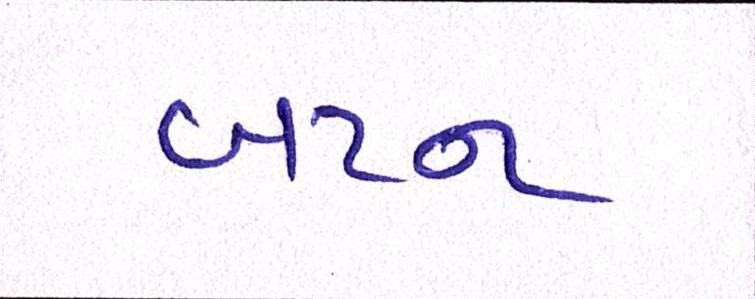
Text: બટન